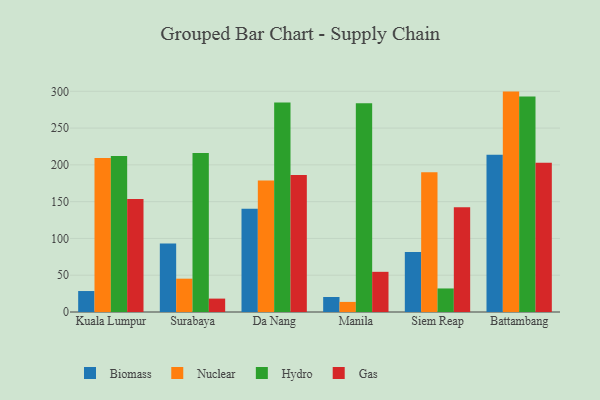
{"axis": {"x": "City", "y": "Net Income (USD K)"}, "legend": ["Biomass", "Gas", "Hydro", "Nuclear"], "data": [{"x": "Kuala Lumpur", "y": 28.5, "type": "Biomass"}, {"x": "Kuala Lumpur", "y": 209.3, "type": "Nuclear"}, {"x": "Kuala Lumpur", "y": 212.0, "type": "Hydro"}, {"x": "Kuala Lumpur", "y": 153.7, "type": "Gas"}, {"x": "Surabaya", "y": 93.1, "type": "Biomass"}, {"x": "Surabaya", "y": 45.3, "type": "Nuclear"}, {"x": "Surabaya", "y": 216.2, "type": "Hydro"}, {"x": "Surabaya", "y": 18.2, "type": "Gas"}, {"x": "Da Nang", "y": 140.5, "type": "Biomass"}, {"x": "Da Nang", "y": 178.9, "type": "Nuclear"}, {"x": "Da Nang", "y": 284.9, "type": "Hydro"}, {"x": "Da Nang", "y": 186.1, "type": "Gas"}, {"x": "Manila", "y": 20.4, "type": "Biomass"}, {"x": "Manila", "y": 13.7, "type": "Nuclear"}, {"x": "Manila", "y": 283.7, "type": "Hydro"}, {"x": "Manila", "y": 54.6, "type": "Gas"}, {"x": "Siem Reap", "y": 81.7, "type": "Biomass"}, {"x": "Siem Reap", "y": 190.0, "type": "Nuclear"}, {"x": "Siem Reap", "y": 32.0, "type": "Hydro"}, {"x": "Siem Reap", "y": 142.5, "type": "Gas"}, {"x": "Battambang", "y": 213.8, "type": "Biomass"}, {"x": "Battambang", "y": 299.6, "type": "Nuclear"}, {"x": "Battambang", "y": 293.1, "type": "Hydro"}, {"x": "Battambang", "y": 202.8, "type": "Gas"}]}